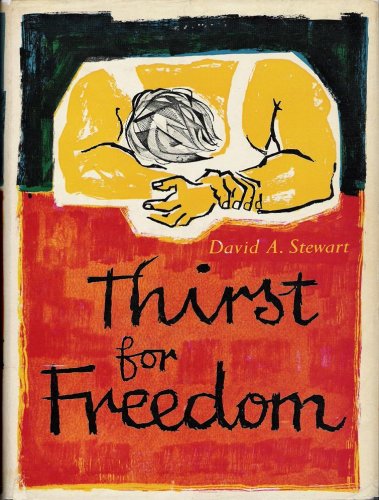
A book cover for Thirst For Freedom; David A. STEWART; Health, Fitness & Dieting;